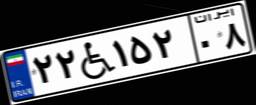
۸۰W۴۹۵۴۸